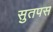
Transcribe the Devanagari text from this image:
सुतपस